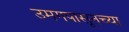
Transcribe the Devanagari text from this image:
उमगपासूनच्या